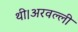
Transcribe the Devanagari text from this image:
थी।अरवल्ली